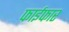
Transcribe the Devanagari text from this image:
फाईफार